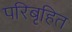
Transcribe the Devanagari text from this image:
परिबृहित